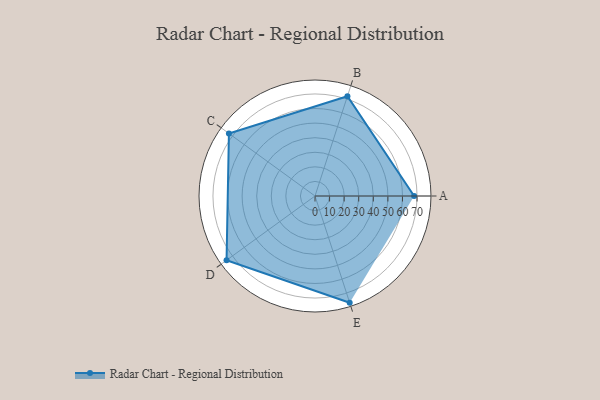
{"axis": {"x": "Skill", "y": "Score"}, "legend": ["Profile"], "data": [{"x": "A", "y": 68.0, "type": "Profile"}, {"x": "B", "y": 72.0, "type": "Profile"}, {"x": "C", "y": 73.0, "type": "Profile"}, {"x": "D", "y": 75.0, "type": "Profile"}, {"x": "E", "y": 77.0, "type": "Profile"}]}